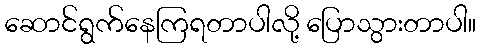
ဆောင်ရွက်နေကြရတာပါလို့ ပြောသွားတာပါ။